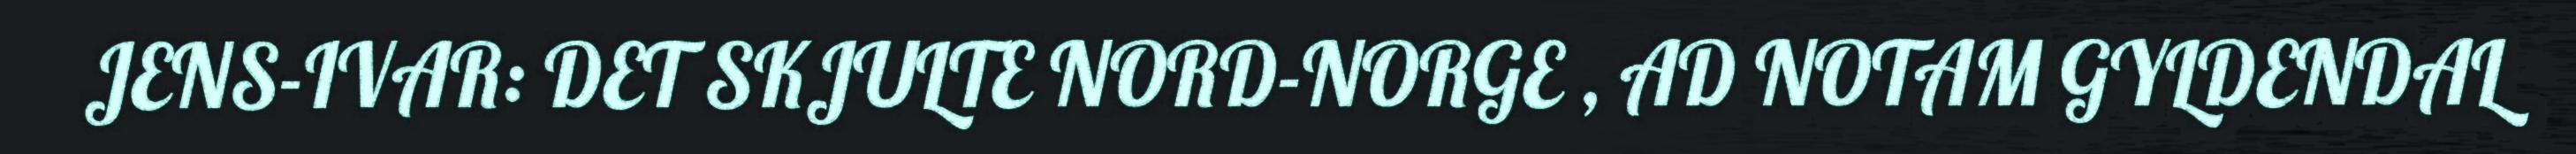
JENS-IVAR: DET SKJULTE NORD-NORGE , AD NOTAM GYLDENDAL